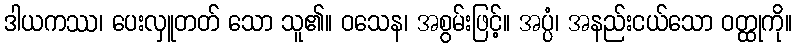
ဒါယကဿ၊ ပေးလှူတတ် သော သူ၏။ ဝသေန၊ အစွမ်းဖြင့်။ အပ္ပံ၊ အနည်းငယ်သော ဝတ္ထုကို။